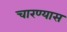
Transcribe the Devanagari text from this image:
चारण्यास